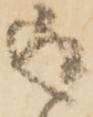
返